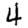
Digit: 4